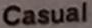
Casual